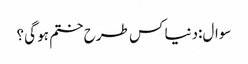
سوال:دنیا کس طرح ختم ہو گی؟